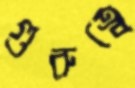
গুরুত্বে